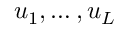
u _ { 1 } , \dots , u _ { L }